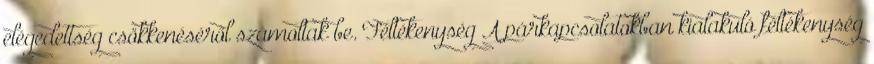
elégedettség csökkenéséről számoltak be. Féltékenység A párkapcsolatokban kialakuló féltékenység